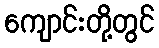
ကျောင်းတို့တွင်